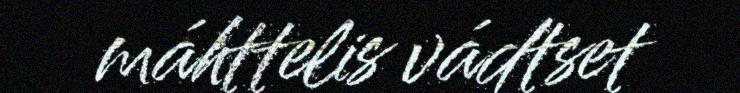
máhttelis vádtset